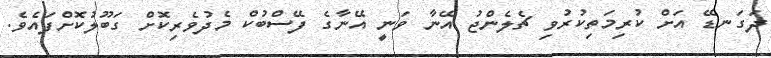
ދަގަނޑޭ އަށް ކުރިމަތިކުރުވި ޗެލެންޖު އޭނާ ވަނީ އޭނާގެ ފޭސްބުކް މެދުވެރިކޮށް ގަބޫލުކޮށްފައެވެ.